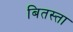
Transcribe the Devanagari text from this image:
बितस्ता